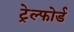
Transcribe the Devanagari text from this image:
ट्रेल्फोर्ड